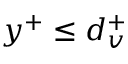
y ^ { + } \leq d _ { v } ^ { + }